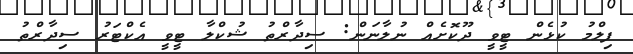
ފިލްމު ކުޅެން ޓީވީ ދޫކޮށެއް ނުލާނަން: ސިދާރްތު ޝުކްލާ ޓީވީ އެކްޓަރު ސިދާރްތު